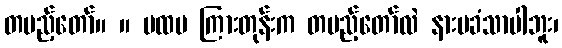
တပည့်တော်။ ။ ပထမ ကြားတုန်းက တပည့်တော်လဲ နားမခံသာပါဘူး၊